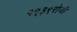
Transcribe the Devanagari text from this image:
१९३९रोजी